Preliminary report of a malaria survey of Calcutta and environs
Disease focus: Malaria
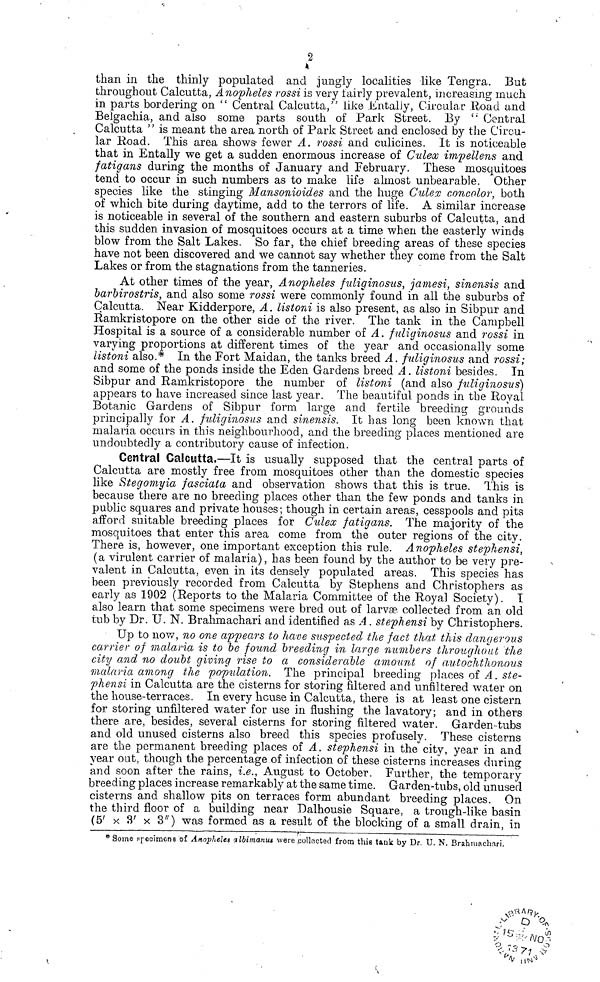
2
than in the thinly populated and jungly localities like Tengra. But
throughout Calcutta, Anopheles rossi is very fairly prevalent, increasing much
in parts bordering on " Central Calcutta," like Entaliy, Circular Road and
Belgachia, and also some parts south of Park Street. By " Central
Calcutta " is meant the area north of Park Street and enclosed by the Circu-
lar Road. This area shows fewer A. rossi and culicines. It is noticeable
that in Entally we get a sudden enormous increase of Culew impellens and
fatigans during the months of January and February. These mosquitoes
tend to occur in such numbers as to make life almost unbearable. Other
species like the stinging Mansonioides and the huge Culex concolor, both
of which bite during daytime, add to the terrors of life. A similar increase
is noticeable in several of the southern and eastern suburbs of Calcutta, and
this sudden invasion of mosquitoes occurs at a time when the easterly winds
blow from the Salt Lakes. So far, the chief breeding areas of these species
have not been discovered and we cannot say whether they come from the Salt
Lakes or from the stagnations from the tanneries.
At other times of the year, Anopheles fuliginosus, jamesi, sinensis and
barbirostris, and also some rossi were commonly found in all the suburbs of
Calcutta. Near Kidderpore, A. listoni is also present, as also in Sibpur and
Ramkristopore on the other side of the river. The tank in the Campbell
Hospital is a source of a considerable number of A. fuliginosus and rossi in
varying proportions at different times of the year and occasionally some
listoni also.* In the Fort Maidan, the tanks breed A. fuliginosus and rossi;
and some of the ponds inside the Eden Gardens breed A. listoni besides. In
Sibpur and Ramkristopore the number of listoni (and also fuliginosus)
appears to have increased since last year. The beautiful ponds in the Royal
Botanic Gardens of Sibpur form large and fertile breeding grounds
principally for A. fuliginosus and sinensis. It has long been known that
malaria occurs in this neighbourhood, and the breeding places mentioned are
undoubtedly a contributory cause of infection.
Central Calcutta.—It is usually supposed that the central parts of
Calcutta are mostly free from mosquitoes other than the domestic species
like Stegomyia fasciata and observation shows that this is true. This is
because there are no breeding places other than the few ponds and tanks in
public squares and private houses; though in certain areas, cesspools and pits
afford suitable breeding places for Culex fatigans. The majority of the
mosquitoes that enter this area come from the outer regions of the city.
There is, however, one important exception this rule. Anopheles stephensi,
(a virulent carrier of malaria), has been found by the author to be very pre-
valent in Calcutta, even in its densely populated areas. This species has
been previously recorded from Calcutta by Stephens and Christophers as
early as 1902 (Reports to the Malaria Committee of the Royal Society). I
also learn that some specimens were bred out of larvae collected from an old
tub by Dr. U. N. Brahmachari and identified as A. stephensi by Christophers.
Up to now, no one appears to have suspected the fact that this dangerous
carrier of malaria is to be found breeding in large numbers throughout the
city and no doubt giving rise to a considerable amount of autochthonous
malaria among the population. The principal breeding places of A. ste-
phensi in Calcutta are the cisterns for storing filtered and unfiltered water on
the house-terraces. In every house in Calcutta, there is at least one cistern
for storing unfiltered water for use in flushing the lavatory; and in others
there are, besides, several cisterns for storing filtered water. Garden-tubs
and old unused cisterns also breed this species profusely. These cisterns
are the permanent breeding places of A. stephensi in the city, year in and
year out, though the percentage of infection of these cisterns increases during
and soon after the rains, i.e., August to October. Further, the temporary-
breeding places increase remarkably at the same time. Garden-tubs, old unused
cisterns and shallow pits on terraces form abundant breeding places. On
the third floor of a building near Dalhousie Square, a trough-like basin
(5' x 3' x 3") was formed as a result of the blocking of a small drain, in
*Some specimens of Anopheles albimanus were collected from this tank by Dr. U. N. Brahmachari.